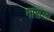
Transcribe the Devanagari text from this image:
मासला